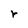
Character: r